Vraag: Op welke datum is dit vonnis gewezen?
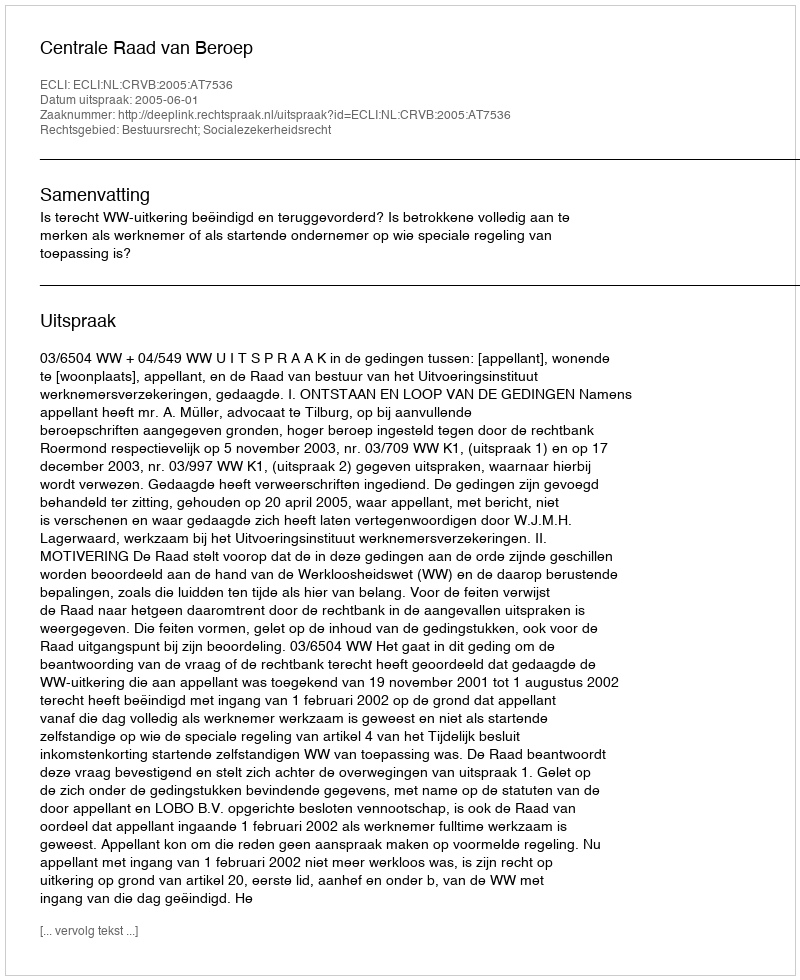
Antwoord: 2005-06-01